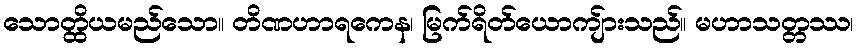
သောတ္ထိယမည်သော။ တိဏဟာရကေန၊ မြက်ရိတ်ယောကျ်ားသည်။ မဟာသတ္တဿ၊